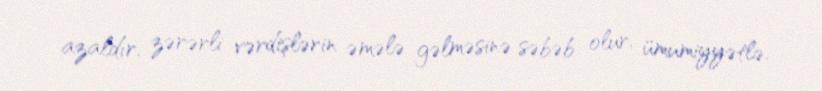
azaldır, zərərli vərdişlərin əmələ gəlməsinə səbəb olur, ümumiyyətlə,